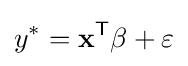
y^{*}=\mathbf {x} ^{\mathsf {T}}\beta +\varepsilon